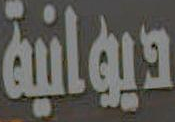
ديوانية